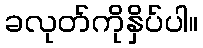
ခလုတ်ကိုနှိပ်ပါ။